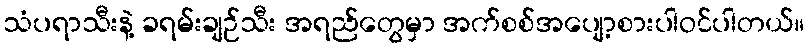
သံပရာသီးနဲ့ ခရမ်းချဉ်သီး အရည်တွေမှာ အက်စစ်အပျော့စားပါဝင်ပါတယ်။